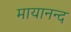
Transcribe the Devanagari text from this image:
मायानन्द